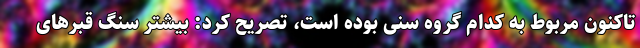
تاکنون مربوط به کدام گروه سنی بوده است، تصریح کرد: بیشتر سنگ قبرهای